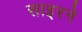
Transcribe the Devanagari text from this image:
साइरने